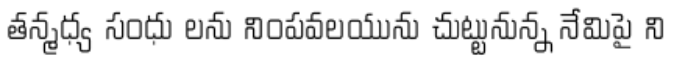
తన్మధ్య సంధు లను నింపవలయును చుట్టునున్న నేమిపై ని